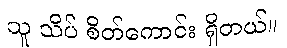
သူ သိပ် စိတ်ကောင်း ရှိတယ်။